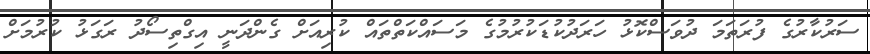
ސަރުކާރުގެ ފުރަތަމަ ދުވަސްކޮޅު ހަރަދުކުޑަކުރުމުގެ މަސައްކަތްތައް ކުރިއަށް ގެންދަނީ އިގްތިސޯދު ރަގަޅު ކުރުމަށް